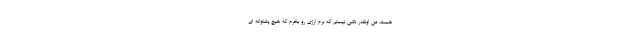
هست. من اونقدر ناشی نیستم که برم ارزی رو بخرم که هیچ پشتوانه ­ای